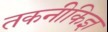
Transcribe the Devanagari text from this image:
तकनीकिज्ञ